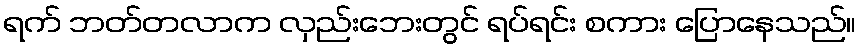
ရက် ဘတ်တလာက လှည်းဘေးတွင် ရပ်ရင်း စကား ပြောနေသည်။